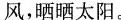
风，晒晒太阳。